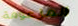
المزعومة